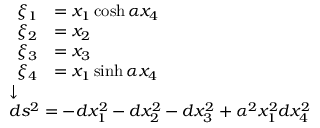
\scriptstyle { \begin{array} { l } { { \begin{array} { r l } { \xi _ { 1 } } & { = x _ { 1 } \cosh \alpha x _ { 4 } } \\ { \xi _ { 2 } } & { = x _ { 2 } } \\ { \xi _ { 3 } } & { = x _ { 3 } } \\ { \xi _ { 4 } } & { = x _ { 1 } \sinh \alpha x _ { 4 } } \end{array} } } \\ { { \boldsymbol { \downarrow } } } \\ { d s ^ { 2 } = - d x _ { 1 } ^ { 2 } - d x _ { 2 } ^ { 2 } - d x _ { 3 } ^ { 2 } + \alpha ^ { 2 } x _ { 1 } ^ { 2 } d x _ { 4 } ^ { 2 } } \end{array} }